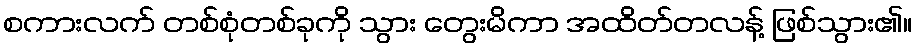
စကားလက် တစ်စုံတစ်ခုကို သွား တွေးမိကာ အထိတ်တလန့် ဖြစ်သွား၏။